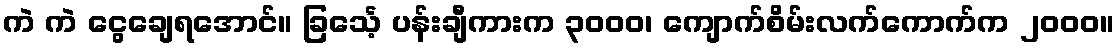
ကဲ ကဲ ငွေချေရအောင်။ ခြင်္သေ့ ပန်းချီကားက ၃၀၀၀၊ ကျောက်စိမ်းလက်ကောက်က ၂၀၀၀။